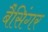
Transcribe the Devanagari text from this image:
बैसिंगर